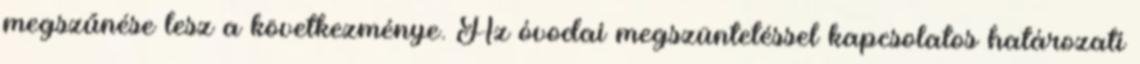
megszűnése lesz a következménye. Az óvodai megszüntetéssel kapcsolatos határozati